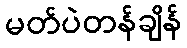
မတ်ပဲတန်ချိန်